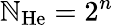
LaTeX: \mathbb{N}_{\mathrm{{He}}}=2^{n}